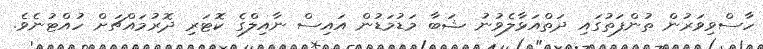
ހާސްވިވަރުން ތުންފަތުގައި ދަތްއަޅާލެވުނު ޝަބާ މަޑުމަޑުން އައިސް ނާއިލްގެ ކޮޓަރި ދޮރުމައްޗަށް ހުއްޓުނެވެ.